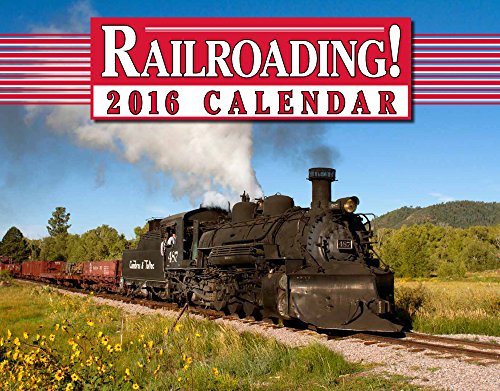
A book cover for Railroading! 2016 Calendar 11x14; Tide-mark Classic Train Series; Arts & Photography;